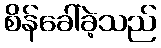
စိန်ခေါ်ခဲ့သည်